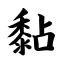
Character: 黏